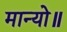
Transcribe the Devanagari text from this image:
मान्यो॥